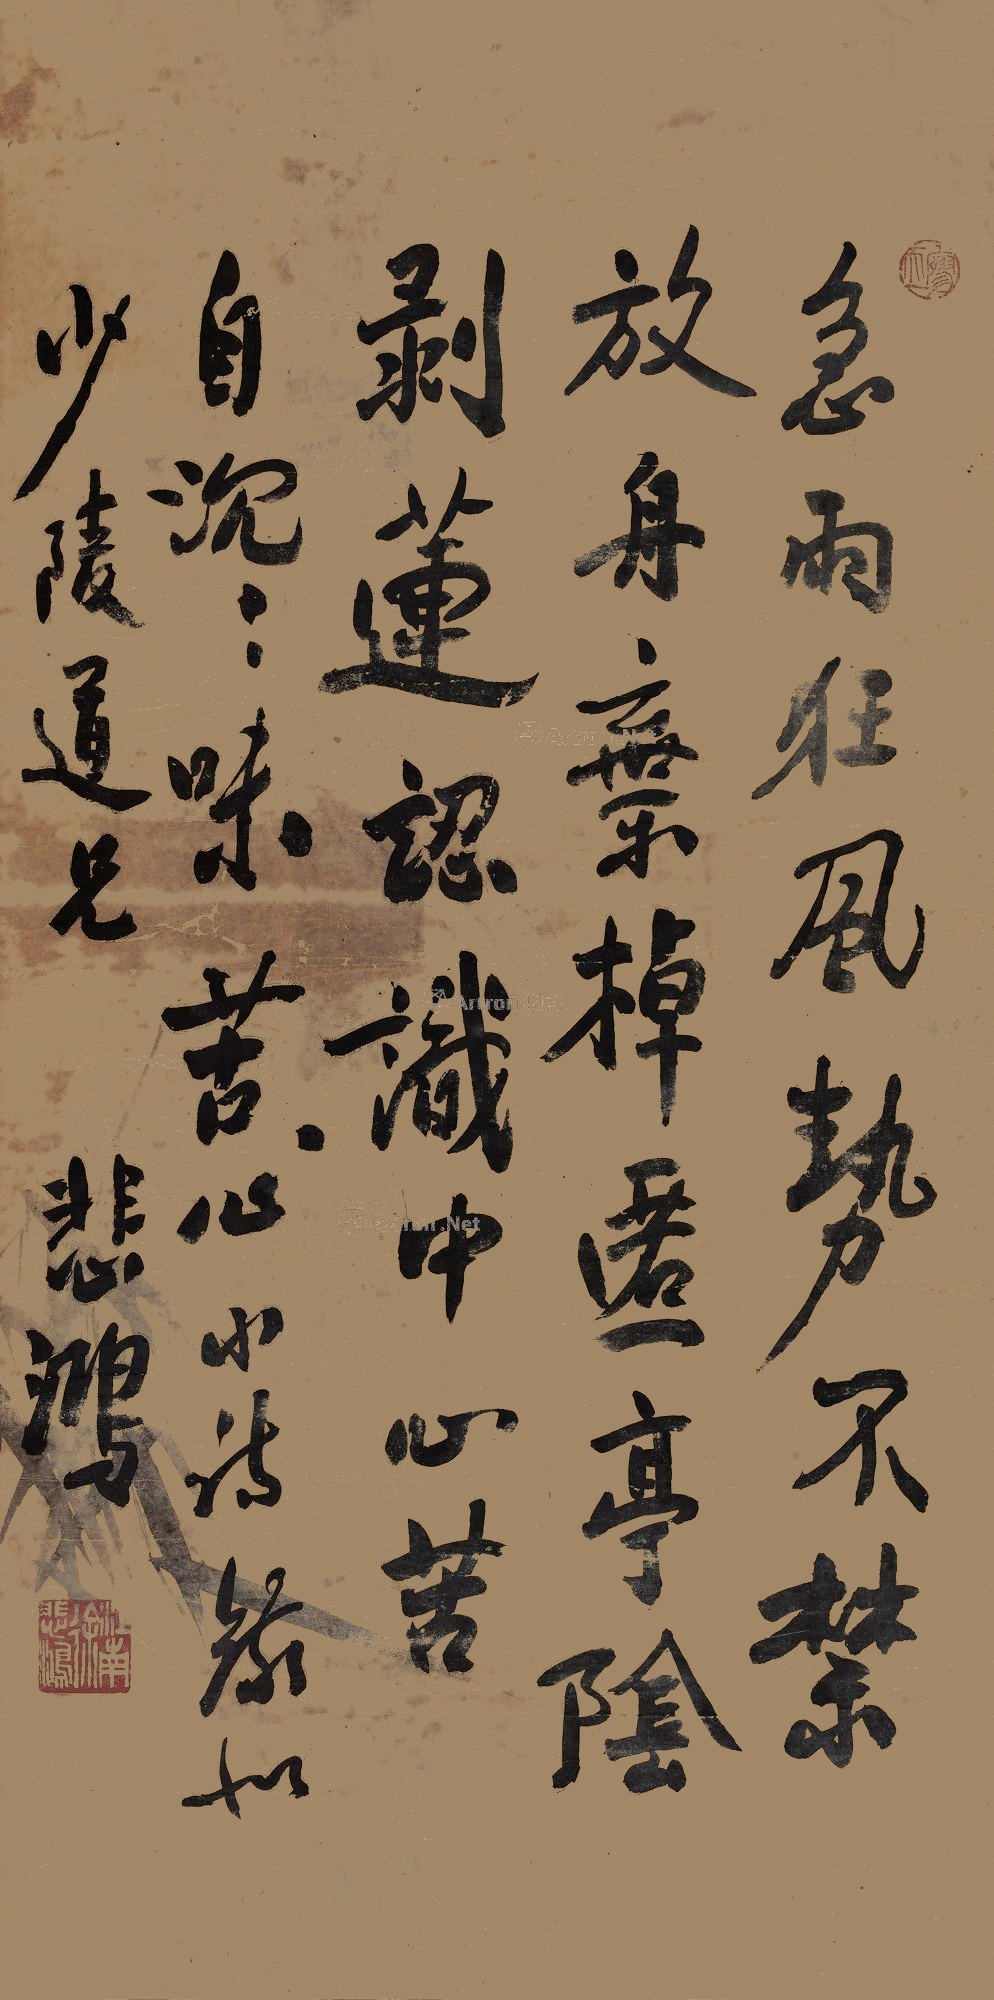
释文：急雨狂风势不禁,放舟弃掉迁亭阴。剥莲认识中心苦,独自沉沉味苦心。小诗缘如少陵道兄悲鸿